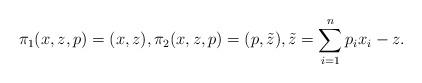
LaTeX: \begin{gather*}\pi_1(x, z, p) = (x, z), \pi_2(x, z, p) =(p, \tilde{z}), \tilde{z} = \sum_{i=1}^n p_ix_i - z.\end{gather*}